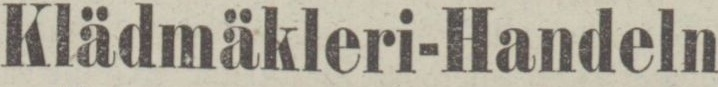
Klädmäkleri-Handeln,